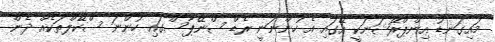
މައިގަނޑު އިންޕްރޭޝަނަކީ އޭގައި އެ ހުންނަނީ ރެޑް ސްނޭޕާސްގައި ހުންނަ ސްކޭލްތަކެއް ދެން